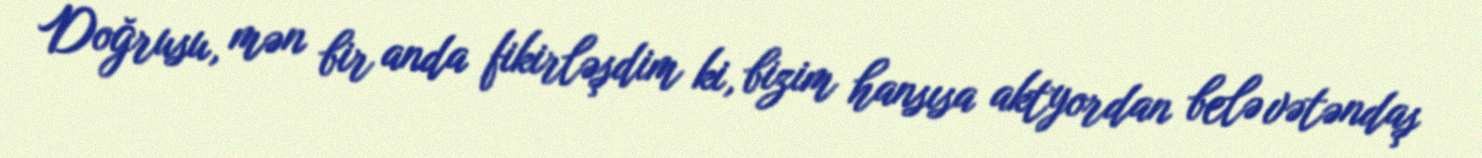
Doğrusu, mən bir anda fikirləşdim ki, bizim hansısa aktyordan belə vətəndaş